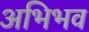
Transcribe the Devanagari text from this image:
अभिभव